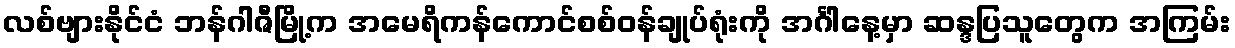
လစ်ဗျားနိုင်ငံ ဘန်ဂါဇီမြို့က အမေရိကန်ကောင်စစ်ဝန်ချုပ်ရုံးကို အင်္ဂါနေ့မှာ ဆန္ဒပြသူတွေက အကြမ်း